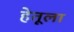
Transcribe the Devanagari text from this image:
हेतूला